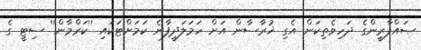
ޞައްފާރީންގެ ދަހިވެތިކަން އެގި ޚުރާސާން އަށް ހަމަލަދީފާނެ ކަމަށްޓަކައި ''ކަރްމާން'' ސިޓީ ގެ